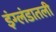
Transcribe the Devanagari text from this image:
इंग्लंडातली